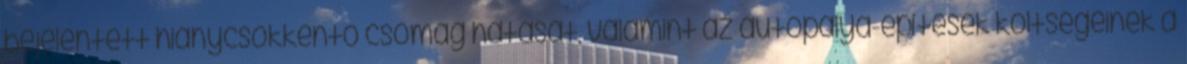
bejelentett hiánycsökkentő csomag hatását, valamint az autópálya-építések költségeinek a